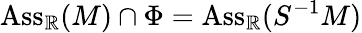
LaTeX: \operatorname{Ass}_{\mathbb{R}}(M)\cap\Phi=\operatorname{Ass}_{\mathbb{R}}(S^{-1}M)